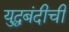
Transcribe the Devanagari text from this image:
युद्धबंदीची